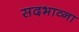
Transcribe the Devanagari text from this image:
सदभाव्ना